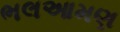
ભલઆમણ